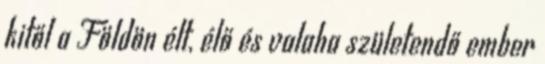
kitől a Földön élt, élő és valaha születendő ember